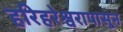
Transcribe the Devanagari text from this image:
हरिहरेश्वरापासून